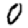
Digit: 0